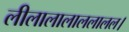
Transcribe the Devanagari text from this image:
लीलालालाललालल।